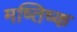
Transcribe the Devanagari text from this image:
मष्‍तिष्‍क